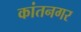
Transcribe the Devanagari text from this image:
कांतनगर